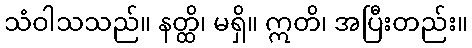
သံဝါသသည်။ နတ္ထိ၊ မရှိ။ ဣတိ၊ အပြီးတည်း။